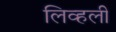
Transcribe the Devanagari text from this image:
लिव्हली